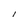
Character: l